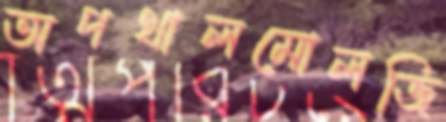
অপথালমোলজি